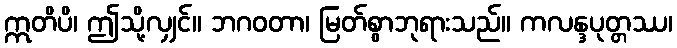
ဣတိပိ၊ ဤသို့လျှင်။ ဘဂဝတာ၊ မြတ်စွာဘုရားသည်။ ကလန္ဒပုတ္တဿ၊